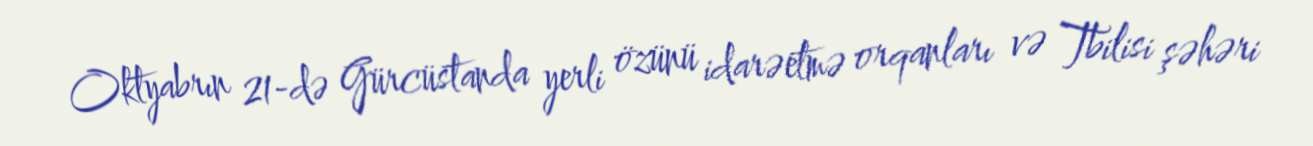
Oktyabrın 21-də Gürcüstanda yerli özünü idarəetmə orqanları və Tbilisi şəhəri